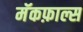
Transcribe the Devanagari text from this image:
मॅकफ़ाल्स